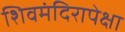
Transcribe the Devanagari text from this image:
शिवमंदिरापेक्षा